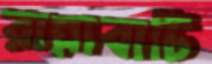
রান্নাবাটি